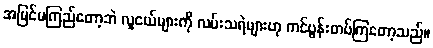
အမြင်မကြည်တော့ဘဲ လူငယ်များကို လမ်းသရဲများဟု ကင်ပွန်းတပ်ကြတော့သည်။